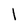
Character: I